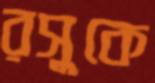
রসুকে